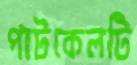
পাটকেলটি